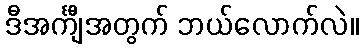
ဒီအင်္ကျီအတွက် ဘယ်လောက်လဲ။